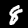
Label: 8